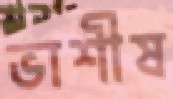
ভাশীষ